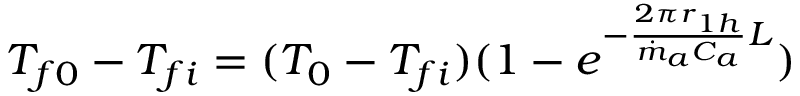
\begin{array} { r } { T _ { f 0 } - T _ { f i } = ( T _ { 0 } - T _ { f i } ) ( 1 - e ^ { - \frac { 2 { \pi r } _ { 1 h } } { { \dot { m } } _ { a } C _ { a } } L } ) } \end{array}